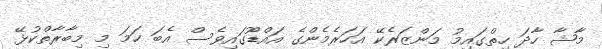
މާޝާ ހާދަ ހިތްގައިމު މަންޒަރެކޭ އަހަރެމެންގެ އައްޑޫގައިވެސް އެބަ ހަމަ މި މިބާރާތްކުޅޭ